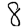
Digit: 8